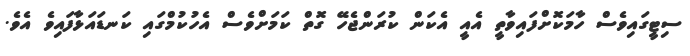
ސިޓީގައިވެސް ހާމަކޮށްފައިވާތީ އެއީ އެކަން ކުރަންޖެހޭ ގޮތް ކަމަށްވެސް އެހުކުމްގައި ކަނޑައަޅާފައިވެ އެވެ.